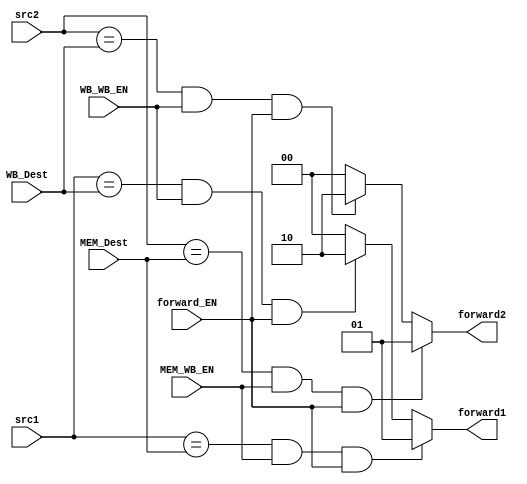
module forwarding_unit(src1, src2, forward_EN, MEM_WB_EN, MEM_Dest, WB_WB_EN, WB_Dest, forward1, forward2);
    input WB_WB_EN, MEM_WB_EN, forward_EN;
    input [3:0] src1, src2, WB_Dest, MEM_Dest;

    output reg [1:0] forward1, forward2;

    always @* begin
        forward1 = 2'b00; forward2 = 2'b00;
        if ((src1 == MEM_Dest) & MEM_WB_EN & forward_EN)
            forward1 <= 2'b01;
        else if ((src1 == WB_Dest) & WB_WB_EN & forward_EN)
            forward1 <= 2'b10;
        if ((src2 == MEM_Dest) & MEM_WB_EN & forward_EN)
            forward2 <= 2'b01;
        else if ((src2 == WB_Dest) & WB_WB_EN & forward_EN)
            forward2 <= 2'b10;
    end

endmodule